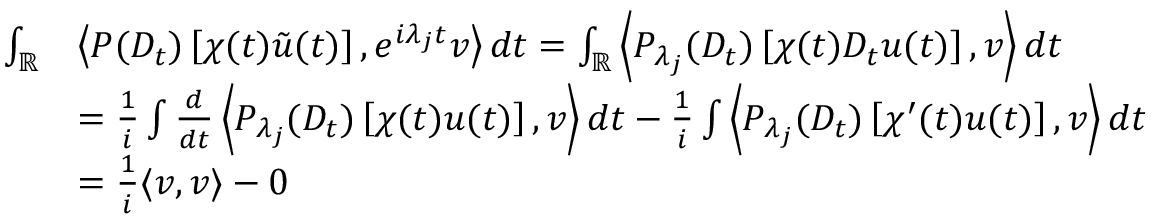
\begin{array} { r l } { \int _ { \mathbb { R } } } & { \left\langle P ( D _ { t } ) \left[ \chi ( t ) \tilde { u } ( t ) \right] , e ^ { i \lambda _ { j } t } v \right\rangle d t = \int _ { \mathbb { R } } \left\langle P _ { \lambda _ { j } } ( D _ { t } ) \left[ \chi ( t ) D _ { t } u ( t ) \right] , v \right\rangle d t } \\ & { = \frac 1 i \int \frac { d } { d t } \left\langle P _ { \lambda _ { j } } ( D _ { t } ) \left[ \chi ( t ) u ( t ) \right] , v \right\rangle d t - \frac 1 i \int \left\langle P _ { \lambda _ { j } } ( D _ { t } ) \left[ \chi ^ { \prime } ( t ) u ( t ) \right] , v \right\rangle d t } \\ & { = \frac 1 i \langle v , v \rangle - 0 } \end{array}